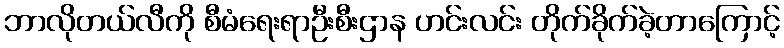
ဘာလိုတယ်လီကို စီမံရေးရာဦးစီးဌာန ဟင်းလင်း တိုက်ခိုက်ခဲ့တာကြောင့်